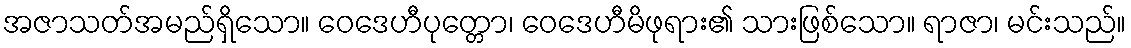
အဇာသတ်အမည်ရှိသော။ ဝေဒေဟီပုတ္တော၊ ဝေဒေဟီမိဖုရား၏ သားဖြစ်သော။ ရာဇာ၊ မင်းသည်။